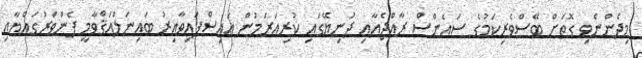
މިދެންނެވި ގޮތަށް ބޭސްވެރިކަމުގެ ސައެންސް ރާއްޖެއާއި ދުނިޔޭގައި ކުރިއަރަމުން އައިސްފައިވާއިރު ބައިނަލްއަޤްވާމީ ފެންވަރުގައްޔާއި